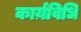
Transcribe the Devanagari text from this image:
कार्य़विधि